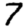
Digit: 7